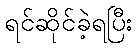
ရင်ဆိုင်ခဲ့ရပြီး